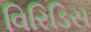
વિરિડિસ